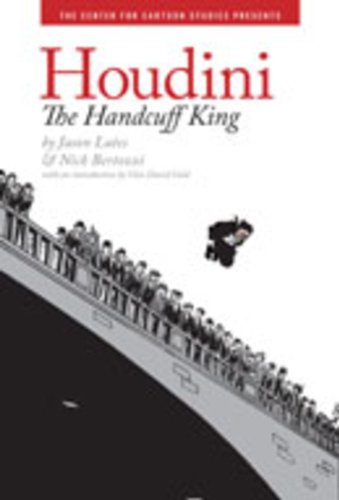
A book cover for Houdini: The Handcuff King; Jason Lutes; Children's Books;